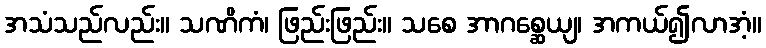
အသံသည်လည်း။ သဏိကံ၊ ဖြည်းဖြည်း။ သစေ အာဂစ္ဆေယျ၊ အကယ်၍လာအံ့။